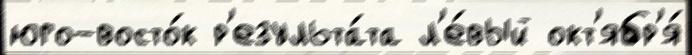
юго-восто́к р'езульта́та л'е́вый окт'ябр'я́